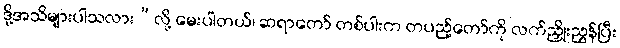
ဒို့အသိများပါသလား”လို့ မေးပါတယ်၊ ဆရာတော် တစ်ပါးက တပည့်တော်ကို လက်ညှိုးညွှန်ပြီး